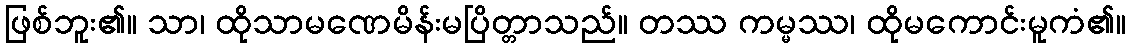
ဖြစ်ဘူး၏။ သာ၊ ထိုသာမဏေမိန်းမပြိတ္တာသည်။ တဿ ကမ္မဿ၊ ထိုမကောင်းမူကံ၏။